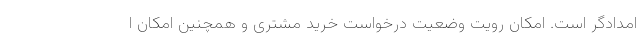
امدادگر است. امکان رویت وضعیت درخواست خرید مشتری و همچنین امکان ا